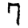
Digit: 7